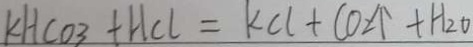
K H C O _ { 3 } + H C l = K C l + C O _ { 2 } \uparrow + H _ { 2 } O